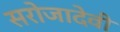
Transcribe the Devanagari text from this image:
सरोजादेवी